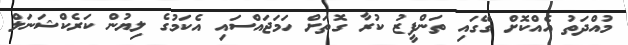
މުއްދަތު އެއްކޮށް ގޭގައި ތަންފީޒު ކުރާ ގޮތަށް ހަމަޖައްސައި އެކަމުގެ ލިޔުން ކަރެކްޝަނަލް